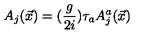
A _ { j } ( \vec { x } ) = ( \frac { g } { 2 i } ) \tau _ { a } A _ { j } ^ { a } ( \vec { x } )